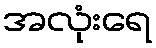
အလုံးရေ